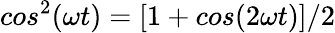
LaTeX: cos^{2}(\omega t)=[1+cos(2\omega t)]/2